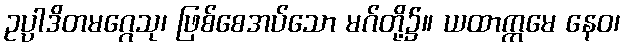
ဥပ္ပါဒိတမဂ္ဂေသု၊ ဖြစ်စေအပ်သော မဂ်တို့၌။ ယထာက္ကမေ နေဝ၊